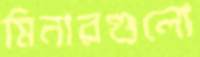
মিনারগুলো